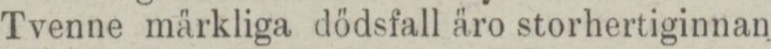
Tvenne märkliga dödsfall äro storhertiginnan